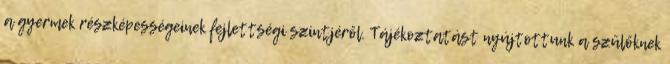
a gyermek részképességeinek fejlettségi szintjéről. Tájékoztatást nyújtottunk a szülőknek